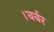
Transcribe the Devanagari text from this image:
।बर्बर